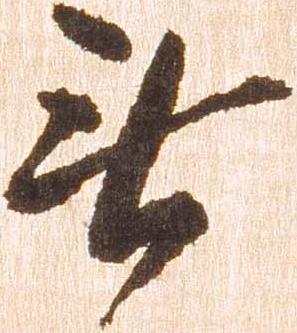
無